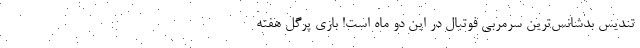
تندیس بدشانس‌ترین سرمربی فوتبال در این دو ماه است! بازی پرگل هفته